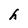
Character: h